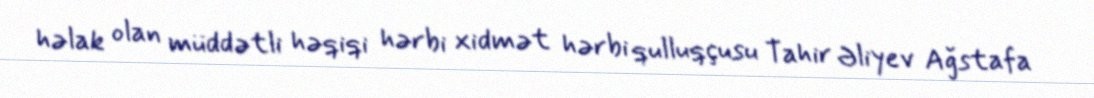
həlak olan müddətli həqiqi hərbi xidmət hərbi qulluqçusu Tahir Əliyev Ağstafa